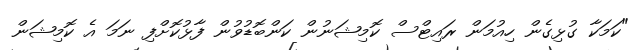
"ކަމަކާ ގުޅިގެން ހިއުމަން ރައިޓްސް ކޮމިޝަނުން ކަންބޮޑުވުން ފާޅުކޮށްފި ނަމަ އެ ކޮމިޝަން